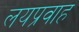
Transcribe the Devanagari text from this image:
लयप्रवाह